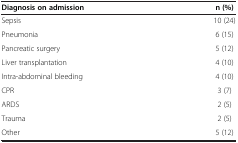
<table><thead><tr><td><b>Diagnosis on admission</b></td><td><b>n (%)</b></td></tr></thead><tbody><tr><td>Sepsis</td><td>10 (24)</td></tr><tr><td>Pneumonia</td><td>6 (15)</td></tr><tr><td>Pancreatic surgery</td><td>5 (12)</td></tr><tr><td>Liver transplantation</td><td>4 (10)</td></tr><tr><td>Intra-abdominal bleeding</td><td>4 (10)</td></tr><tr><td>CPR</td><td>3 (7)</td></tr><tr><td>ARDS</td><td>2 (5)</td></tr><tr><td>Trauma</td><td>2 (5)</td></tr><tr><td>Other</td><td>5 (12)</td></tr></tbody></table>